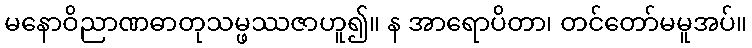
မနောဝိညာဏဓာတုသမ္ဖဿဇာဟူ၍။ န အာရောပိတာ၊ တင်တော်မမူအပ်။